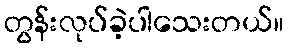
တွန်းလုပ်ခဲ့ပါသေးတယ်။